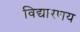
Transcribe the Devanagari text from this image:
विद्यारणय